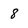
Character: 8